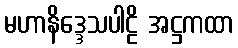
မဟာနိဒ္ဒေသပါဠိ အဋ္ဌကထာ